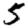
Digit: 5